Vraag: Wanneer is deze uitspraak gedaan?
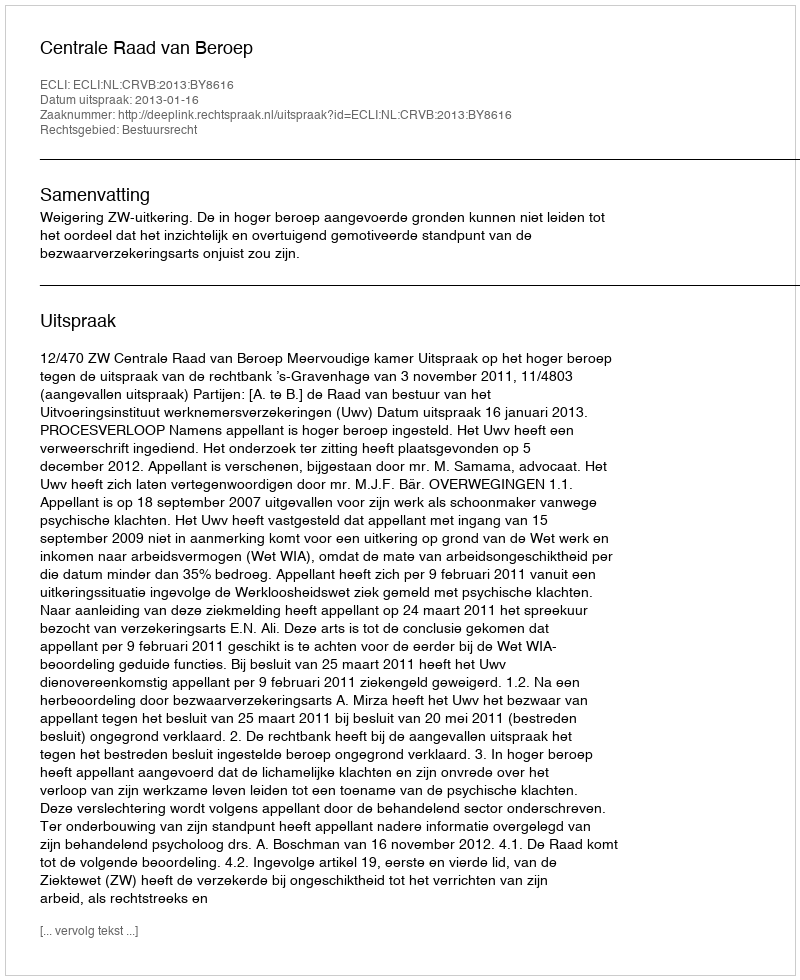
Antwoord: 2013-01-16